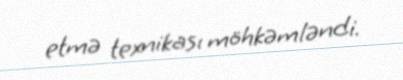
etmə texnikası möhkəmləndi.